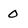
Character: 0